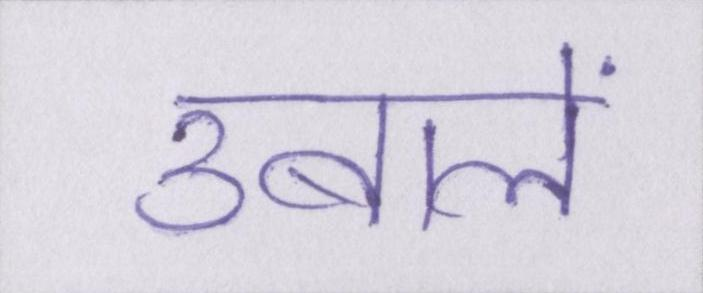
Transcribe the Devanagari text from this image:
उबालें